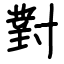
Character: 對